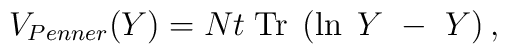
V_{Penner}(Y)=Nt\;\mbox{Tr}\;\left(\ln\; Y~-~Y\right),